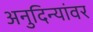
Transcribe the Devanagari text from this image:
अनुदिन्यांवर